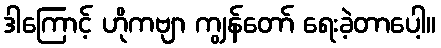
ဒါကြောင့် ဟိုကဗျာ ကျွန်တော် ရေးခဲ့တာပေါ့။